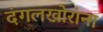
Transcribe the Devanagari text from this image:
दंगलखोरांना